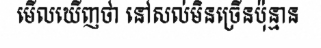
មើលឃើញថា នៅសល់មិនច្រើនប៉ុន្មាន